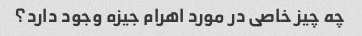
چه چیز خاصی در مورد اهرام جیزه وجود دارد؟